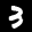
Label: 3